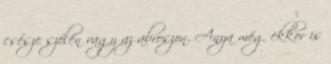
csésze szélén vagy az abroszon. Anya még ekkor is